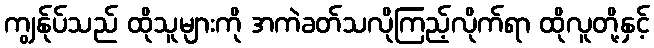
ကျွန်ုပ်သည် ထိုသူများကို အကဲခတ်သလိုကြည့်လိုက်ရာ ထိုလူတို့နှင့်